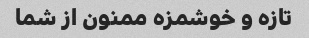
تازه و خوشمزه ممنون از شما